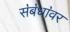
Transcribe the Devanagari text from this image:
स॓ब॓धा॓वर